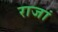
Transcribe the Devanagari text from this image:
राजां